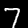
Digit: 7